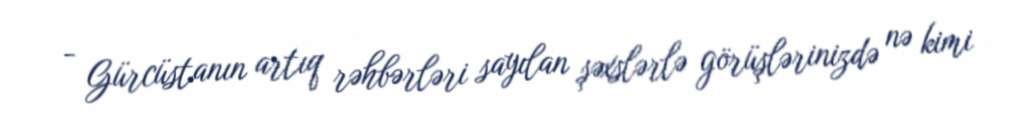
- Gürcüstanın artıq rəhbərləri sayılan şəxslərlə görüşlərinizdə nə kimi